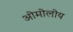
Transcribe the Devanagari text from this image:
ओमोलोय